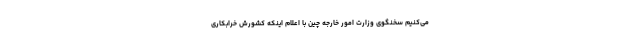
می‌کنیم سخنگوی وزارت امور خارجه چین با اعلام اینکه کشورش خرابکاری